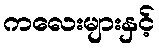
ကလေးများနှင့်